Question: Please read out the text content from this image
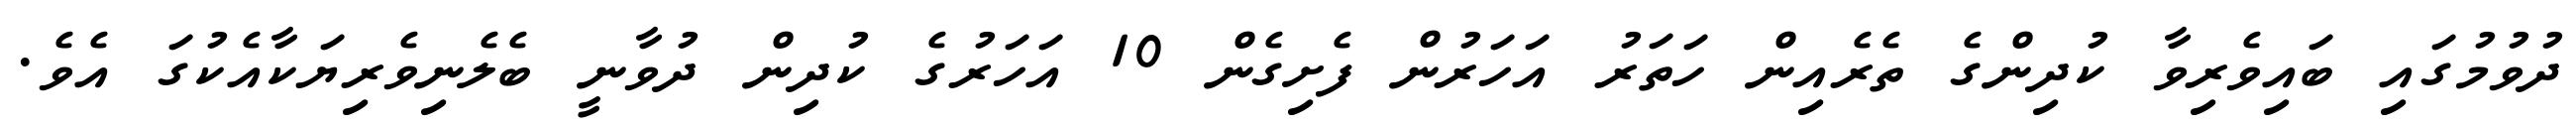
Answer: ދުވުމުގައި ބައިވެރިވާ ކުދިންގެ ތެރެއިން ހަތަރު އަހަރުން ފެށިގެން 10 އަހަރުގެ ކުދިން ދުވާނީ ބެލެނިވެރިޔަކާއެކުގަ އެވެ.